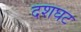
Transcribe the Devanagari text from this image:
दशघट